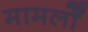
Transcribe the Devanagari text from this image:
मामलोँ